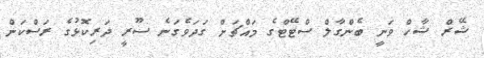
ޝޭރް ޝާހް ވަނީ ބެންގާލް ސްޓޭޓްގެ މައްޗަށް ގަދަވެގަނެ ސޫރީ ދަރިކޮޅުގެ ރަސްކަން